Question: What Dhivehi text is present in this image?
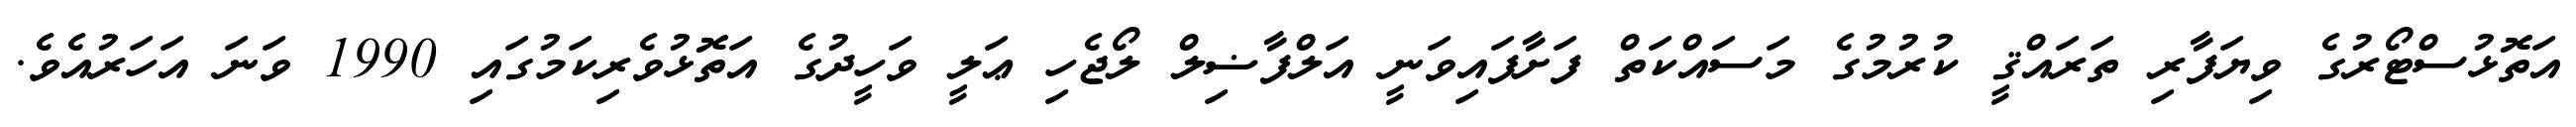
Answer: އަތޮޅުސްޓޯރުގެ ވިޔަފާރި ތަރައްޤީ ކުރުމުގެ މަސައްކަތް ފަށާފައިވަނީ އަލްފާޟިލް ލޯޖެހި ޢަލީ ވަހީދުގެ އަތޮޅުވެރިކަމުގައި 1990 ވަނަ އަހަރުއެވެ.